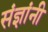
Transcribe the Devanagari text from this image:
संज्ञांनी